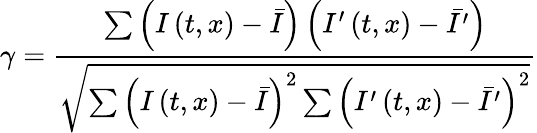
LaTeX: \gamma=\frac{\sum\left(I\left(t,x\right)-\bar{I}\right)\left(I^{\prime}\left(t,x\right)-\bar{I^{\prime}}\right)}{\sqrt{\sum\left(I\left(t,x\right)-\bar{I}\right)^{2}\sum\left(I^{\prime}\left(t,x\right)-\bar{I^{\prime}}\right)^{2}}}